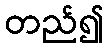
တည်၍